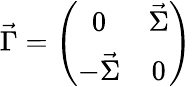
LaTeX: \vec{\Gamma}=\left(\begin{array}{cc}{{0}}&{{\vec{\Sigma}}}\\ {{-\vec{\Sigma}}}&{{0}}\end{array}\right)